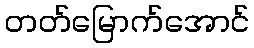
တတ်မြောက်အောင်